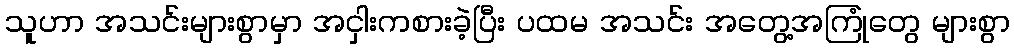
သူဟာ အသင်းများစွာမှာ အငှါးကစားခဲ့ပြီး ပထမ အသင်း အတွေ့အကြုံတွေ များစွာ